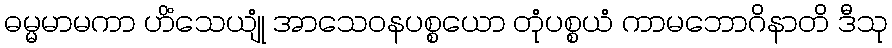
ဓမ္မမာမကာ ဟိံသေယျုံ အာသေဝနပစ္စယော တုံပစ္စယံ ကာမဘောဂိနာတိ ဒီသု